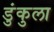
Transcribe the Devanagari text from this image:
डुंकुला